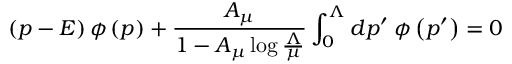
\left( p - E \right) \phi \left( p \right) + { \frac { A _ { \mu } } { 1 - A _ { \mu } \log { \frac { \Lambda } { \mu } } } } \int _ { 0 } ^ { \Lambda } d p ^ { \prime } \; \phi \left( p ^ { \prime } \right) = 0